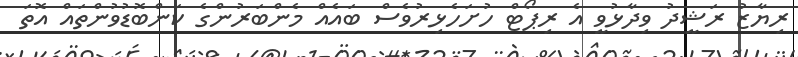
ރިޔާޒު ރަޝީދު ވިދާޅުވީ އެ ރިޕޯޓް ހުށަހެޅިރުވެސް ބައެއް މެންބަރުންގެ ކަންބޮޑުވުންތައް އޮތަ